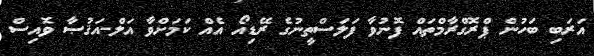
އަރަބި ބަހުން ޕްރޮގްރާމްތައް ފޮނުވާ ފަލަސްތީނުގެ ރޭޑިއޯ އެއް ކަމަށްވާ އަލް-އަޤުޞާ ވޮއިސް